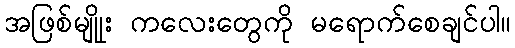
အဖြစ်မျိုုး ကလေးတွေကို မရောက်စေချင်ပါ။